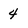
Character: 4